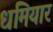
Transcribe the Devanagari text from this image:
धमियार